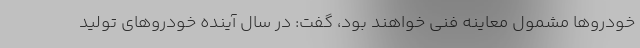
خودروها مشمول معاینه فنی خواهند بود، گفت: در سال آینده خودروهای تولید